Vaccination in Bombay 1913-1923 - 1913-1923
Year: 1913
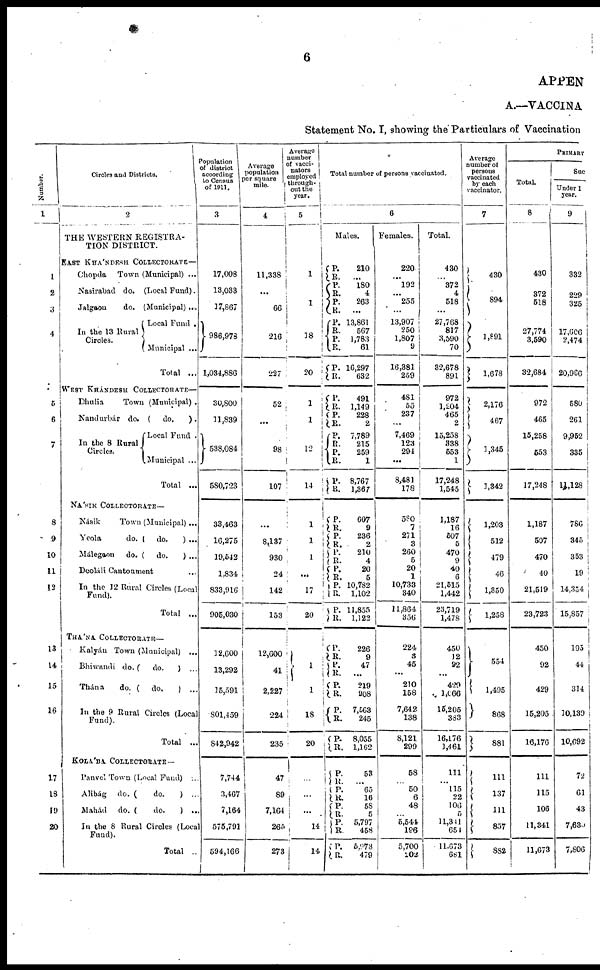
6
APPEN
A.—VACCINA
Statement No. I, showing the Particulars of Vaccination
Number.
1
1
2
3
4
5
6
7
8
9
10
11
12
13
14
15
16
17
18
19
20
Circles and Districts.
2
THE WESTERN REGISTRA-
TION DISTRICT.
EAST KHÁNDESH COLLECTORATE—
Chopda Town (Municipal) ...
Nasirabad do. (Local Fund).
Jalgaon
do. (Municipal) ...
In the 13 Rural
Circles.
Local Fund .
Municipal ...
Total ...
WEST KHÁNDESH COLLECTORATE—
Dhulia
Town (Municipal) .
Nandurbár do. ( do.
).
In the 8 Rural
Circles.
Local Fund .
Municipal ...
Total ...
NÁSIK COLLECTORATE—
Násik
Town (Municipal) ...
Yeola
do. ( do.
) ...
Málegaon
do. ( do.
) ...
Deoláli Cantonment ...
In the 12 Rural Circles (Local
Fund).
Total ...
THÁNA COLLECTORATE—
Kalyán Town (Municipal) ...
Bhiwandi do. (
do.
) ...
Thána
do. ( do.
) ...
In the 9 Rural Circles (Local
Fund).
Total ...
KOLÁBA COLLECTORATE—
Panvel Town (Local Fund) ...
Alibág do. (
do.
) ...
Mahád do. (
do.
) ...
In the 8 Rural Circles (Local
Fund).
Total ..
Population
of district
according
to Census
of 1911.
3
17,008
13,033
17,867
986,978
1,034,886
30,800
11,839
538,084
580,723
33,463
16,275
19,542
1,834
833,916
905,030
12,600
13,292
15,591
801,459
842,942
7,744
3,467
7,164
575,791
594,166
Average
population
per square
mile.
4
11,338
...
66
216
227
52
...
98
107
...
8,137
930
24
142
153
12,600
41
2,227
224
235
47
89
7,164
265
273
Average
number
of vacci-
nators
employed
through-
out the
year.
5
1
1
38
20
1
1
12
14
1
1
1
...
17
20
1
1
18
20
...
...
...
14
14
Total number of persons vaccinated.
6
Males.
P.
R.
P.
R.
P.
R.
P.
R.
P. R.
P.
R.
P.
R. P.
R.
P. R.
P.
R.
P.
R.
P.
R.
P.
R.
P.
R.
P.
R.
P.
R.
P.
R.
P.
R.
P.
R.
P.
R.
P.
R.
P.
R.
P.
R.
P.
R.
P.
R. P.
R.
P.
R.
210
...
180
4
263
...
13,861
567
1,783
61
16,297
632
491
1,149
228
2
7,789
215
259
1
8,767
1,367
607
9
236
2
210
4
20
5
10,782
1,102
11,855
1,122
226
9
47
...
219
908
7,563
245
8,055
1,162
53
...
65
16
58
5
5,797
458
5,973
479
Females.
220
...
192
...
255
...
13,907
250
1,807
9
16,381
259
481
55
237
...
7,469
123
294
...
8,481
178
580
7
271
3
260
5
20
1
10,733
340
11,864
356
224
3
45
...
210
158
7,642
138
8,121
299
58
...
50
6
48
...
5,544
196
5,700
202
Total.
430
...
372
4
518
...
27,768
817
3,590
70
32,678
891
972
1,204
465
2
15,258
338
553
1
17,248
1,545
1,187
16
507
5
470
9
40
6
21,515
1,442
23,719
1,478
450
12
92
...
429
1,666
15,205
383
16,176
1,461
111
...
115
22
106
5
11,341
651
11,673
681
Average
number of
persons
vaccinated
by each
vaccinator.
7
430
894
1,891
1,678
2,176
467
1,345
1,342
1,203
512
479
46
1,350
1,258
554
1,495
868
881
111
137
111
857
882
PRIMARY
Total.
8
430
372
518
27,774
3,590
32,684
972
465
15,258
553
17,248
1,187
507
470
40
21,519
23,723
450
92
429
15,205
16,176
111
115
106
11,341
11,673
Suc
Under 1
year.
9
332
229
325
17,606
2,474
20,966
580
261
9,952
335
11,128
786
345
353
19
14,354
15,857
195
44
314
10,139
10,692
72
61
43
7,630
7,806